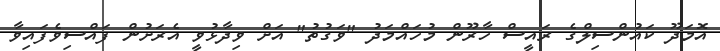
އޮމަދޫ ކައުންސިލްގެ ރައީސް ހާރޫން މުހައްމަދު "ވަގުތު" އަށް ވިދާޅުވީ އެރަށުން ފައްސިވެފައިވާ